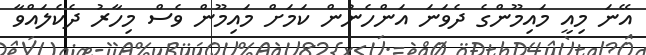
އޭނަ މިއީ މައިމޫންގެ ދެވަނަ އަންހެނުން ކަމަށް މައިމޫން ވެސް މިހާރު ދެކެލައްވާ